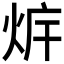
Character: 𰞛